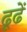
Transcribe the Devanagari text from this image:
ढूढें